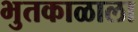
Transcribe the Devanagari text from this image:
भुतकाळाला